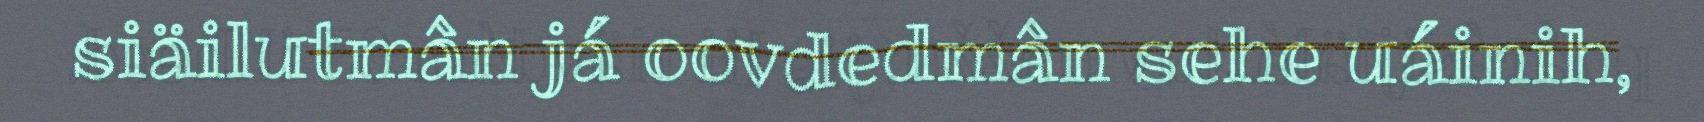
siäilutmân já oovdedmân sehe uáinih,